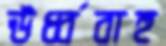
ঊর্ধ্ববাহু